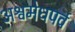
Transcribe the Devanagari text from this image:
अश्वमेधपर्व